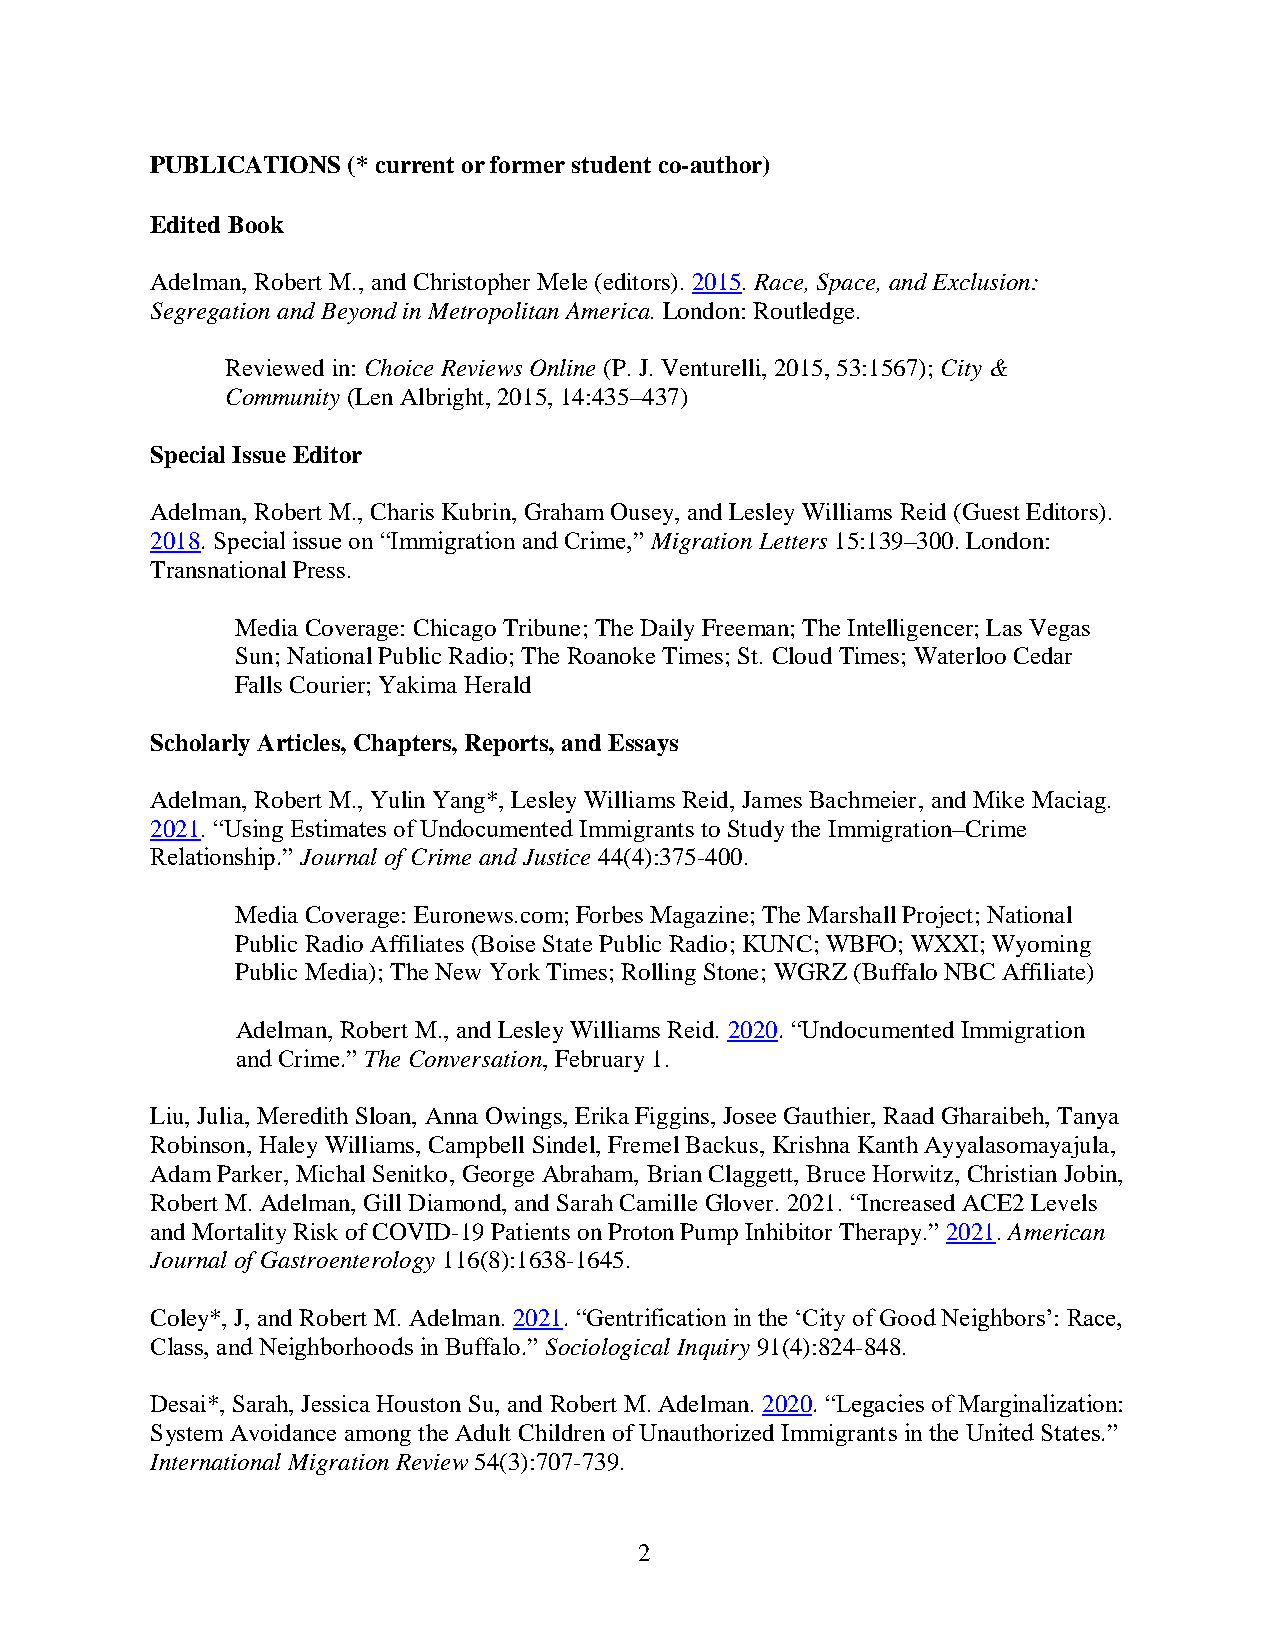
PUBLICATIONS (* current or former student co-author)
 Edited Book
 Adelman, Robert M., and Christopher Mele (editors). 2015. Race, Space, and Exclusion:
 Segregation and Beyond in Metropolitan America. London: Routledge.
 Reviewed in: Choice Reviews Online (P. J. Venturelli, 2015, 53:1567); City &
 Community (Len Albright, 2015, 14:435–437)
 Special Issue Editor
 Adelman, Robert M., Charis Kubrin, Graham Ousey, and Lesley Williams Reid (Guest Editors).
 2018. Special issue on “Immigration and Crime,” Migration Letters 15:139–300. London:
 Transnational Press.
 Media Coverage: Chicago Tribune; The Daily Freeman; The Intelligencer; Las Vegas
 Sun; National Public Radio; The Roanoke Times; St. Cloud Times; Waterloo Cedar
 Falls Courier; Yakima Herald
 Scholarly Articles, Chapters, Reports, and Essays
 Adelman, Robert M., Yulin Yang*, Lesley Williams Reid, James Bachmeier, and Mike Maciag.
 2021. “Using Estimates of Undocumented Immigrants to Study the Immigration–Crime
 Relationship.” Journal of Crime and Justice 44(4):375-400.
 Media Coverage: Euronews.com; Forbes Magazine; The Marshall Project; National
 Public Radio Affiliates (Boise State Public Radio; KUNC; WBFO; WXXI; Wyoming
 Public Media); The New York Times; Rolling Stone; WGRZ (Buffalo NBC Affiliate)
 Adelman, Robert M., and Lesley Williams Reid. 2020. “Undocumented Immigration
 and Crime.” The Conversation, February 1.
 Liu, Julia, Meredith Sloan, Anna Owings, Erika Figgins, Josee Gauthier, Raad Gharaibeh, Tanya
 Robinson, Haley Williams, Campbell Sindel, Fremel Backus, Krishna Kanth Ayyalasomayajula,
 Adam Parker, Michal Senitko, George Abraham, Brian Claggett, Bruce Horwitz, Christian Jobin,
 Robert M. Adelman, Gill Diamond, and Sarah Camille Glover. 2021. “Increased ACE2 Levels
 and Mortality Risk of COVID-19 Patients on Proton Pump Inhibitor Therapy.” 2021. American
 Journal of Gastroenterology 116(8):1638-1645.
 Coley*, J, and Robert M. Adelman. 2021. “Gentrification in the ‘City of Good Neighbors’: Race,
 Class, and Neighborhoods in Buffalo.” Sociological Inquiry 91(4):824-848.
 Desai*, Sarah, Jessica Houston Su, and Robert M. Adelman. 2020. “Legacies of Marginalization:
 System Avoidance among the Adult Children of Unauthorized Immigrants in the United States.”
 International Migration Review 54(3):707-739.
 2